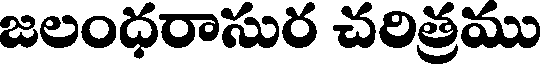
జలంధరాసుర చరిత్రము